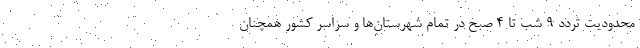
محدودیت تردد ۹ شب تا ۴ صبح در تمام شهرستان‌ها و سراسر کشور همچنان